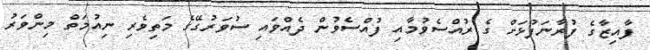
ފާއިޒާގެ ފުރާނަފުޅަށް ގެ ރުއްސެވުމާއި ފުއްސެވުން ދެއްވައި ސުވަރުގޭގެ މަތިވެރި ނިއުމަތް މިންވަރު